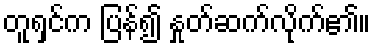
တူရှင်က ပြန်၍ နှုတ်ဆက်လိုက်၏။